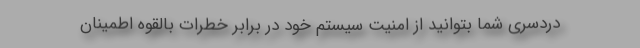
دردسری شما بتوانید از امنیت سیستم خود در برابر خطرات بالقوه اطمینان